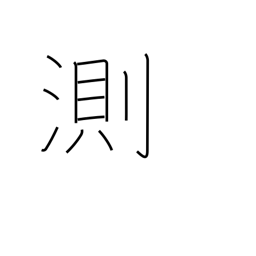
Meaning: fathom